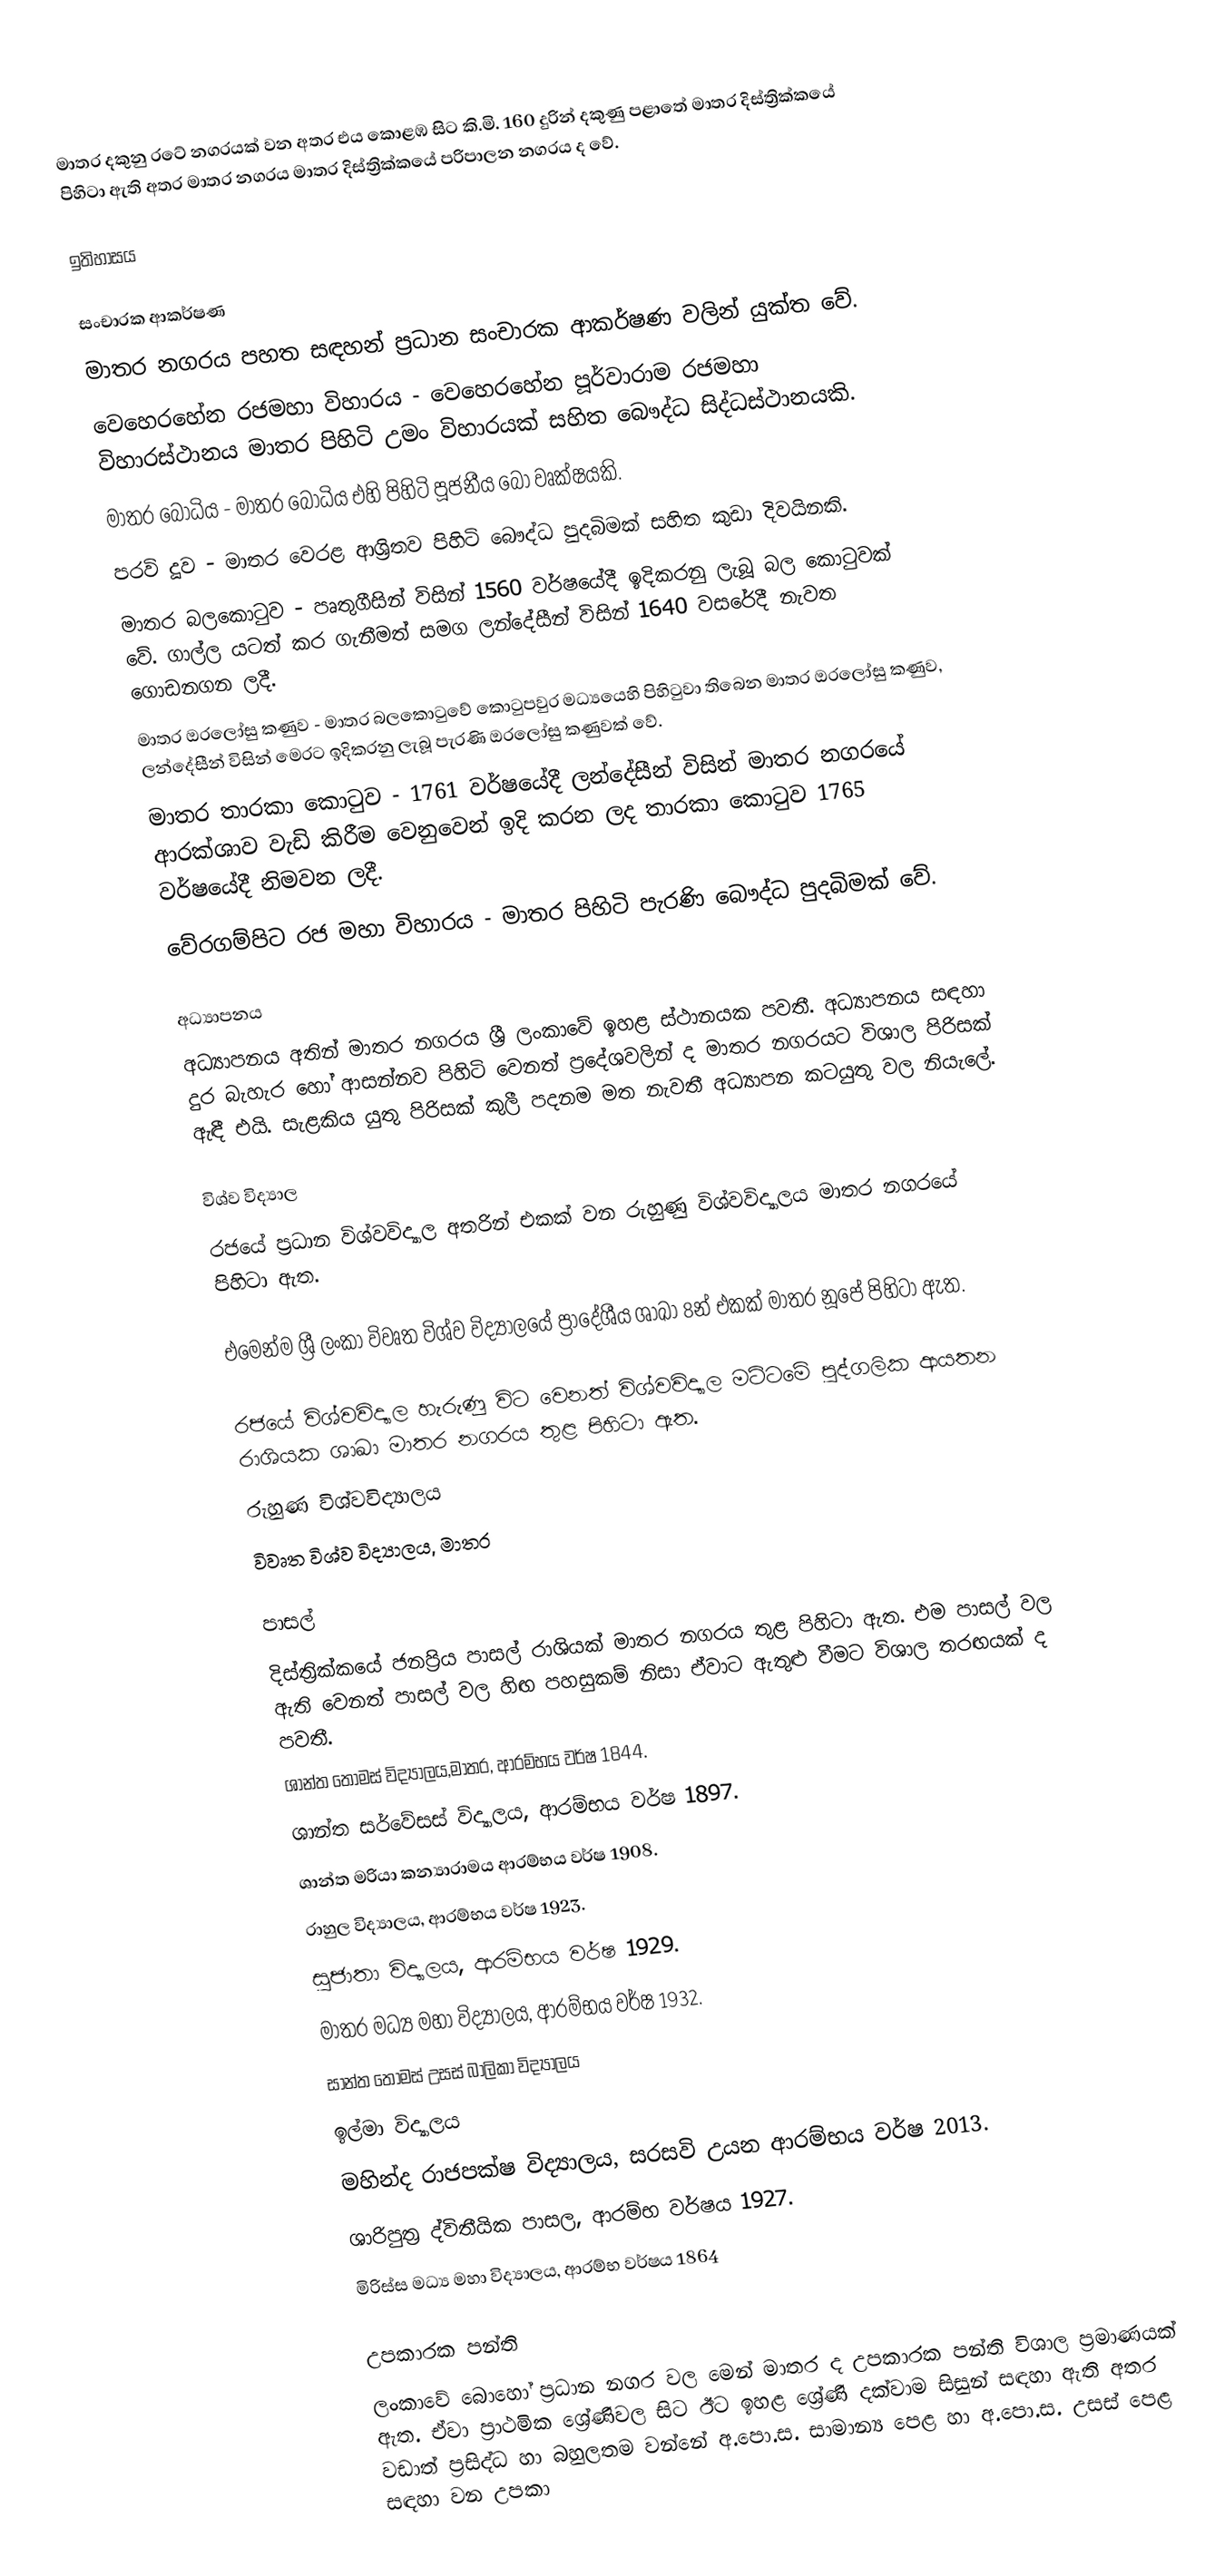
මාතර දකුනු රටේ නගරයක් වන අතර එය කොළඹ සිට කි.මි. 160 දුරින් දකුණු පළාතේ මාතර දිස්ත්‍රික්කයේ පිහිටා ඇති අතර මාතර නගරය මාතර දිස්ත්‍රික්කයේ පරිපාලන නගරය ද වේ.

ඉතිහාසය

සංචාරක ආකර්ෂණ
මාතර නගරය පහත සඳහන් ප්‍රධාන සංචාරක ආකර්ෂණ වලින් යුක්ත වේ.
වෙහෙරහේන රජමහා විහාරය - වෙහෙරහේන පූර්වාරාම රජමහා විහාරස්ථානය මාතර පිහිටි උමං විහාරයක් සහිත බෞද්ධ සිද්ධස්ථානයකි.
මාතර බෝධිය - මාතර බෝධිය එහි පිහිටි පූජනීය බෝ වෘක්ෂයකි.
පරවි දූව - මාතර වෙරළ ආශ්‍රිතව පිහිටි බෞද්ධ පුදබිමක් සහිත කුඩා දිවයිනකි.
මාතර බලකොටුව - පෘතුගීසින්  විසින් 1560 වර්ෂයේදී ඉදිකරනු ලැබූ බල කොටුවක් වේ. ගාල්ල යටත්  කර ගැනීමත් සමග ලන්දේසීන් විසින් 1640 වසරේදී නැවත ගොඩනගන ලදී.
මාතර ඔරලෝසු කණුව -  මාතර බලකොටුවේ කොටුපවුර මධ්‍යයෙහි පිහිටුවා තිබෙන මාතර ඔරලෝසු කණුව, ලන්දේසීන් විසින් මෙරට ඉදිකරනු ලැබූ පැරණි ඔරලෝසු කණුවක් වේ.
මාතර තාරකා කොටුව - 1761 වර්ෂයේදී ලන්දේසීන් විසින් මාතර නගරයේ ආරක්ශාව වැඩි කිරීම වෙනුවෙන් ඉදි කරන ලද තාරකා කොටුව 1765 වර්ෂයේදී නිමවන ලදී.
වේරගම්පිට රජ මහා විහාරය - මාතර පිහිටි පැරණි බෞද්ධ පුදබිමක් වේ.

අධ්‍යාපනය
අධ්‍යාපනය අතින් මාතර නගරය ශ්‍රී ලංකාවේ ඉහළ ස්ථානයක පවතී. අධ්‍යාපනය සඳහා දුර බැහැර හෝ ආසන්නව පිහිටි වෙනත් ප්‍රදේශවලින් ද මාතර නගරයට විශාල පිරිසක් ඇඳී එයි. සැළකිය යුතු පිරිසක් කුලී පදනම මත නැවතී අධ්‍යාපන කටයුතු වල නියැලේ.

විශ්ව විද්‍යාල
රජයේ ප්‍රධාන විශ්වවිද්‍යාල අතරින් එකක් වන රුහුණු විශ්වවිද්‍යාලය මාතර නගරයේ පිහිටා ඇත.

එමෙන්ම ශ්‍රී ලංකා විවෘත විශ්ව විද්‍යාලයේ ප්‍රාදේශීය ශාඛා 8න් එකක් මාතර නූපේ පිහිටා ඇත.

රජයේ විශ්වවිද්‍යාල හැරුණු විට වෙනත් විශ්වවිද්‍යාල මට්ටමේ පුද්ගලික ආයතන රාශියක ශාඛා මාතර නගරය තුළ පිහිටා ඇත.
රුහුණ විශ්වවිද්‍යාලය
විවෘත විශ්ව විද්‍යාලය, මාතර

පාසල්
දිස්ත්‍රික්කයේ ජනප්‍රිය පාසල් රාශියක් මාතර නගරය තුළ පිහිටා ඇත. එම පාසල් වල ඇති වෙනත් පාසල් වල හිඟ පහසුකම් නිසා ඒවාට ඇතුළු වීමට විශාල තරඟයක් ද පවතී.
 ශාන්ත තෝමස් විද්‍යාලය,මාතර, ආරම්භය වර්ෂ 1844.
 ශාන්ත සර්වේසස් විද්‍යාලය, ආරම්භය වර්ෂ 1897.
 ශාන්ත මරියා කන්‍යාරාමය ආරම්භය වර්ෂ 1908.
 රාහුල විද්‍යාලය, ආරම්භය වර්ෂ 1923.
 සුජාතා විද්‍යාලය, ආරම්භය වර්ෂ 1929.
 මාතර මධ්‍ය මහා විද්‍යාලය, ආරම්භය වර්ෂ 1932.
 සාන්ත තෝමස් උසස් බාලිකා විද්‍යාලය
 ඉල්මා විද්‍යාලය
 මහින්ද රාජපක්ෂ විද්‍යාලය, සරසවි උයන  ආරම්භය වර්ෂ 2013.
 ශාරිපුත්‍ර ද්විතීයික පාසල, ආරම්භ වර්ෂය 1927.
මිරිස්ස මධ්‍ය මහා විද්‍යාලය, ආරම්භ වර්ෂය 1864

උපකාරක පන්ති
ලංකාවේ බොහෝ ප්‍රධාන නගර වල මෙන් මාතර ද උපකාරක පන්ති විශාල ප්‍රමාණයක් ඇත. ඒවා ප්‍රාථමික ශ්‍රේණිවල සිට ඊට ඉහළ ශ්‍රේණි දක්වාම සිසුන් සඳහා ඇති අතර වඩාත් ප්‍රසිද්ධ හා බහුලතම වන්නේ අ.පො.ස. සාමාන්‍ය පෙළ හා අ.පො.ස. උසස් පෙළ සඳහා වන උපකා